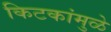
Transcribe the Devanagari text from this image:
किटकांमुळे